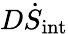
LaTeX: D\dot{S}_{\mathrm{int}}